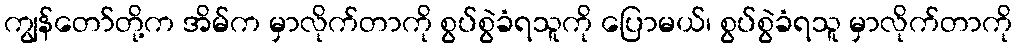
ကျွန်တော်တို့က အိမ်က မှာလိုက်တာကို စွပ်စွဲခံရသူကို ပြောမယ်၊ စွပ်စွဲခံရသူ မှာလိုက်တာကို